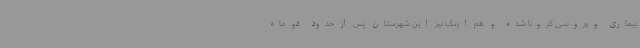
بیماری ویروسی کرونا شده و هم اینک نیز این شهرستان پس از حدود دو ماه